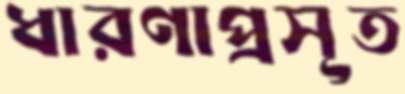
ধারণাপ্রসূত